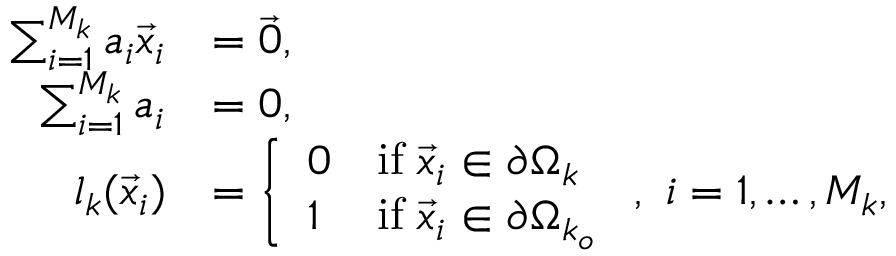
\begin{array} { r l } { \sum _ { i = 1 } ^ { M _ { k } } a _ { i } \vec { x } _ { i } } & { = \vec { 0 } , } \\ { \sum _ { i = 1 } ^ { M _ { k } } a _ { i } } & { = 0 , } \\ { l _ { k } ( \vec { x } _ { i } ) } & { = \left\{ \begin{array} { l l } { 0 } & { \mathrm { i f } \; \vec { x } _ { i } \in \partial \Omega _ { k } } \\ { 1 } & { \mathrm { i f } \; \vec { x } _ { i } \in \partial \Omega _ { k _ { o } } } \end{array} \right. , \, \, i = 1 , \dots , M _ { k } , } \end{array}